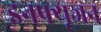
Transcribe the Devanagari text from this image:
इनफ्यूजन